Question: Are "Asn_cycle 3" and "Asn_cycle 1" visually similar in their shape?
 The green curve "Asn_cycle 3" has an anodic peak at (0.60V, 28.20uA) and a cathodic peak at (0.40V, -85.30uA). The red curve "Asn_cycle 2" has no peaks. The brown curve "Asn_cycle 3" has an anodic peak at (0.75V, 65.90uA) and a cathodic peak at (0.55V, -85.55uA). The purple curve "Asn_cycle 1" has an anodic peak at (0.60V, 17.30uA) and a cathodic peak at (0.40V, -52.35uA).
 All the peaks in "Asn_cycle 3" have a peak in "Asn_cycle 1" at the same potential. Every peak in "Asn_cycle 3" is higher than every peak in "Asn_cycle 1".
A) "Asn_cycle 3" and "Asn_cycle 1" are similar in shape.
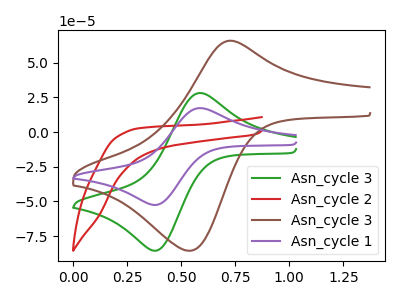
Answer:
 <answer>A) "Asn_cycle 3" and "Asn_cycle 1" are similar in shape.</answer>
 <eval>A</eval>